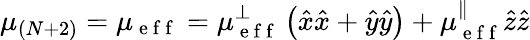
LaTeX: \mu_{(N+2)}=\mu_{\mathrm{~e~f~f~}}=\mu_{\mathrm{~e~f~f~}}^{\perp}\left(\hat{x}\hat{x}+\hat{y}\hat{y}\right)+\mu_{\mathrm{~e~f~f~}}^{\parallel}\hat{z}\hat{z}